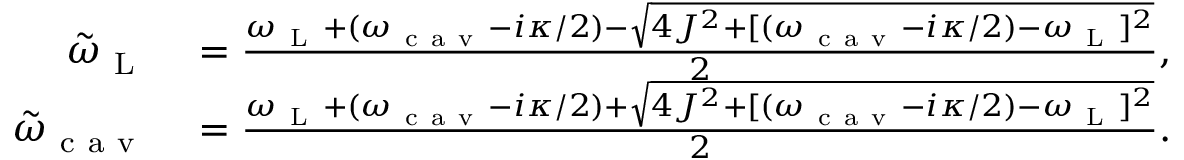
\begin{array} { r l } { \tilde { \omega } _ { \mathrm { ~ L ~ } } } & { { } = \frac { \omega _ { \mathrm { ~ L ~ } } + ( \omega _ { \mathrm { ~ c ~ a ~ v ~ } } - i \kappa / 2 ) - \sqrt { 4 J ^ { 2 } + [ ( \omega _ { \mathrm { ~ c ~ a ~ v ~ } } - i \kappa / 2 ) - \omega _ { \mathrm { ~ L ~ } } ] ^ { 2 } } } { 2 } , } \\ { \tilde { \omega } _ { \mathrm { ~ c ~ a ~ v ~ } } } & { { } = \frac { \omega _ { \mathrm { ~ L ~ } } + ( \omega _ { \mathrm { ~ c ~ a ~ v ~ } } - i \kappa / 2 ) + \sqrt { 4 J ^ { 2 } + [ ( \omega _ { \mathrm { ~ c ~ a ~ v ~ } } - i \kappa / 2 ) - \omega _ { \mathrm { ~ L ~ } } ] ^ { 2 } } } { 2 } . } \end{array}